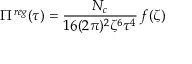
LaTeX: \Pi ^ { r e g } ( \tau ) = \frac { N _ { c } } { 1 6 ( 2 \pi ) ^ { 2 } \zeta ^ { 6 } \tau ^ { 4 } } \, f ( \zeta )